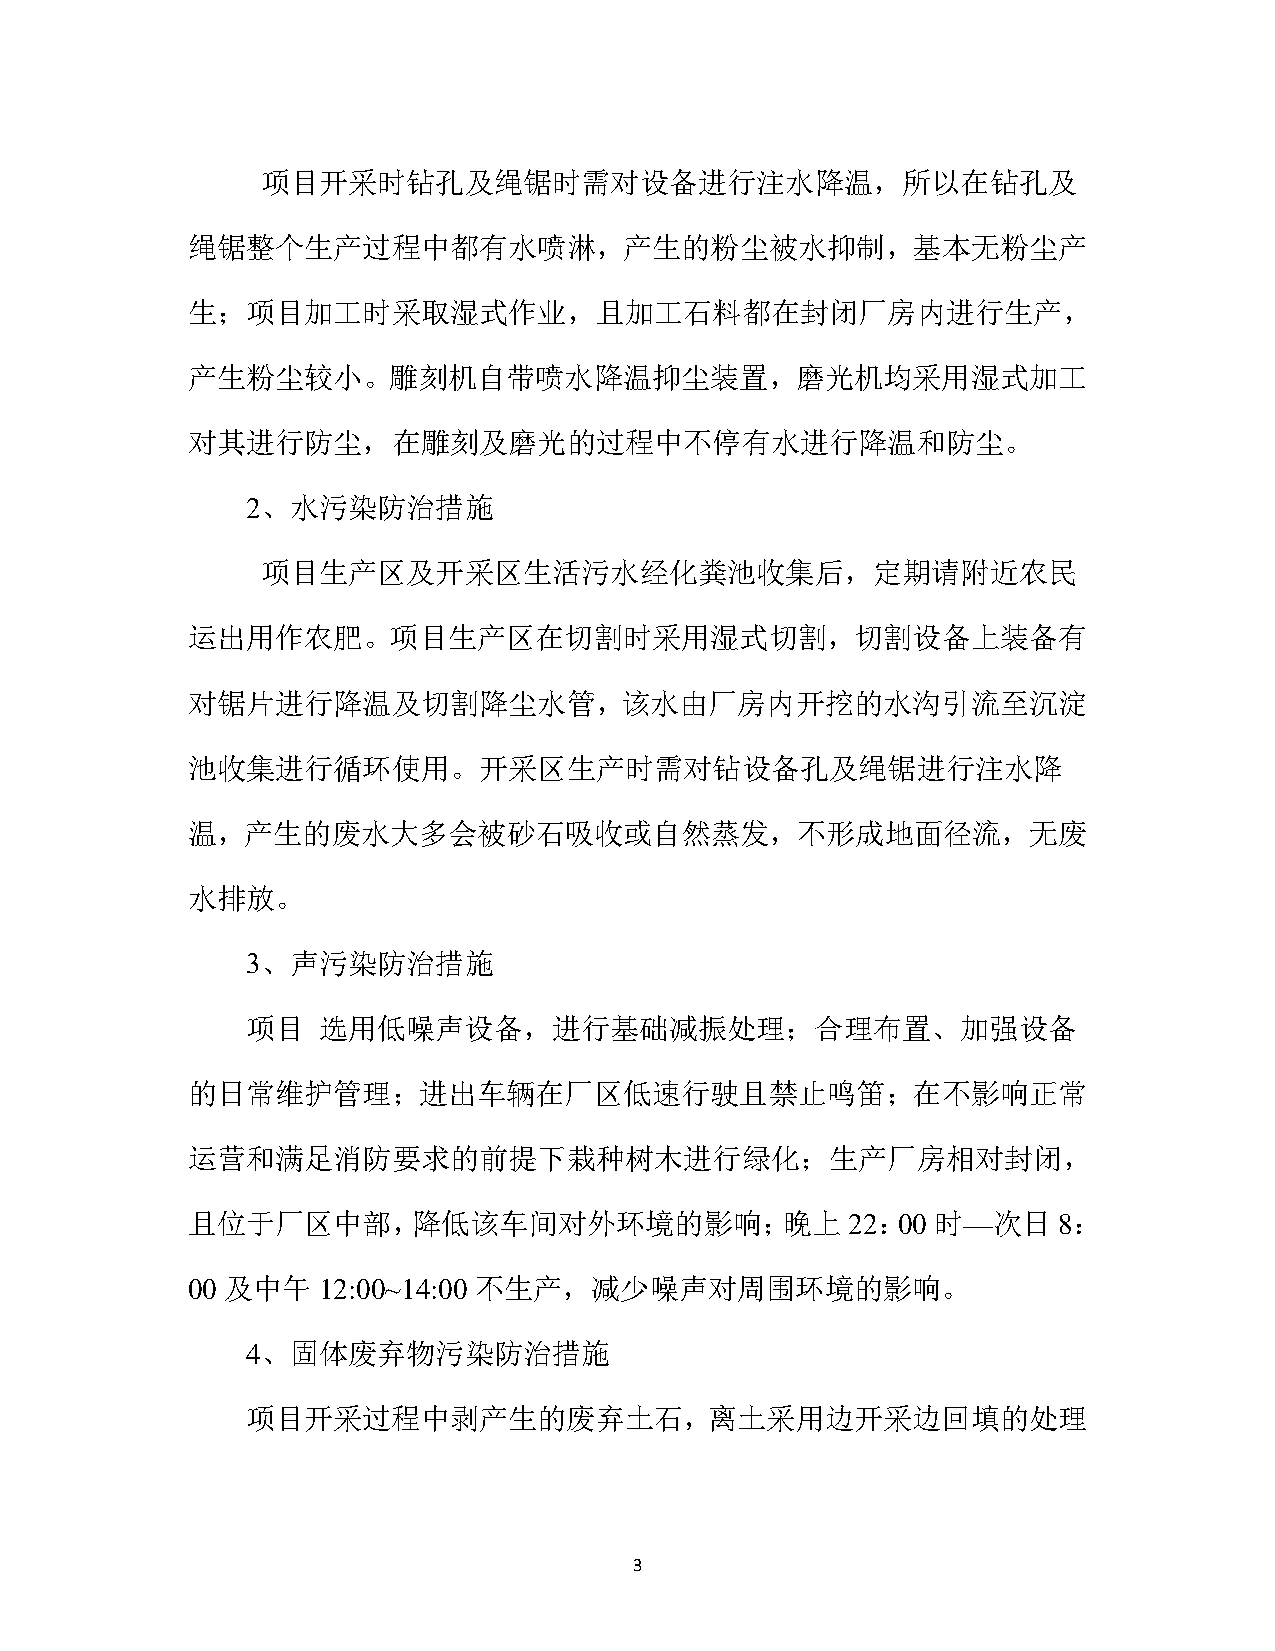
项目开采时钻孔及绳锯时需对设备进行注水降温，所以在钻孔及
 绳锯整个生产过程中都有水喷淋，产生的粉尘被水抑制，基本无粉尘产
 生；项目加工时采取湿式作业，且加工石料都在封闭厂房内进行生产，
 产生粉尘较小。雕刻机自带喷水降温抑尘装置，磨光机均采用湿式加工
 对其进行防尘，在雕刻及磨光的过程中不停有水进行降温和防尘。
 2、水污染防治措施
 项目生产区及开采区生活污水经化粪池收集后，定期请附近农民
 运出用作农肥。项目生产区在切割时采用湿式切割，切割设备上装备有
 对锯片进行降温及切割降尘水管，该水由厂房内开挖的水沟引流至沉淀
 池收集进行循环使用。开采区生产时需对钻设备孔及绳锯进行注水降
 温，产生的废水大多会被砂石吸收或自然蒸发，不形成地面径流，无废
 水排放。
 3、声污染防治措施
 项目   选用低噪声设备，进行基础减振处理；合理布置、加强设备
 的日常维护管理；进出车辆在厂区低速行驶且禁止鸣笛；在不影响正常
 运营和满足消防要求的前提下栽种树木进行绿化；生产厂房相对封闭，
 且位于厂区中部，降低该车间对外环境的影响；晚上                     22：00 时—次日    8：
 00 及中午   12:00~14:00 不生产，减少噪声对周围环境的影响。
 4、固体废弃物污染防治措施
 项目开采过程中剥产生的废弃土石，离土采用边开采边回填的处理
 3